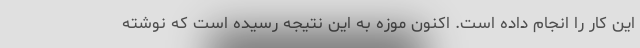
این کار را انجام داده است. اکنون موزه به این نتیجه رسیده است که نوشته